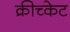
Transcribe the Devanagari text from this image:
क्रीच्केट